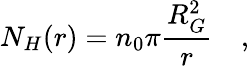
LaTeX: N_{H}(r)=n_{0}\pi\frac{R_{G}^{2}}{r}\quad,